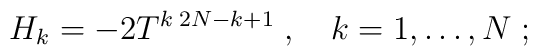
H_k = -2 T^{k\; 2N-k+1}\;, \quad k=1,\ldots, N\;;